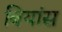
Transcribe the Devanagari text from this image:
बियांस